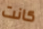
كانت